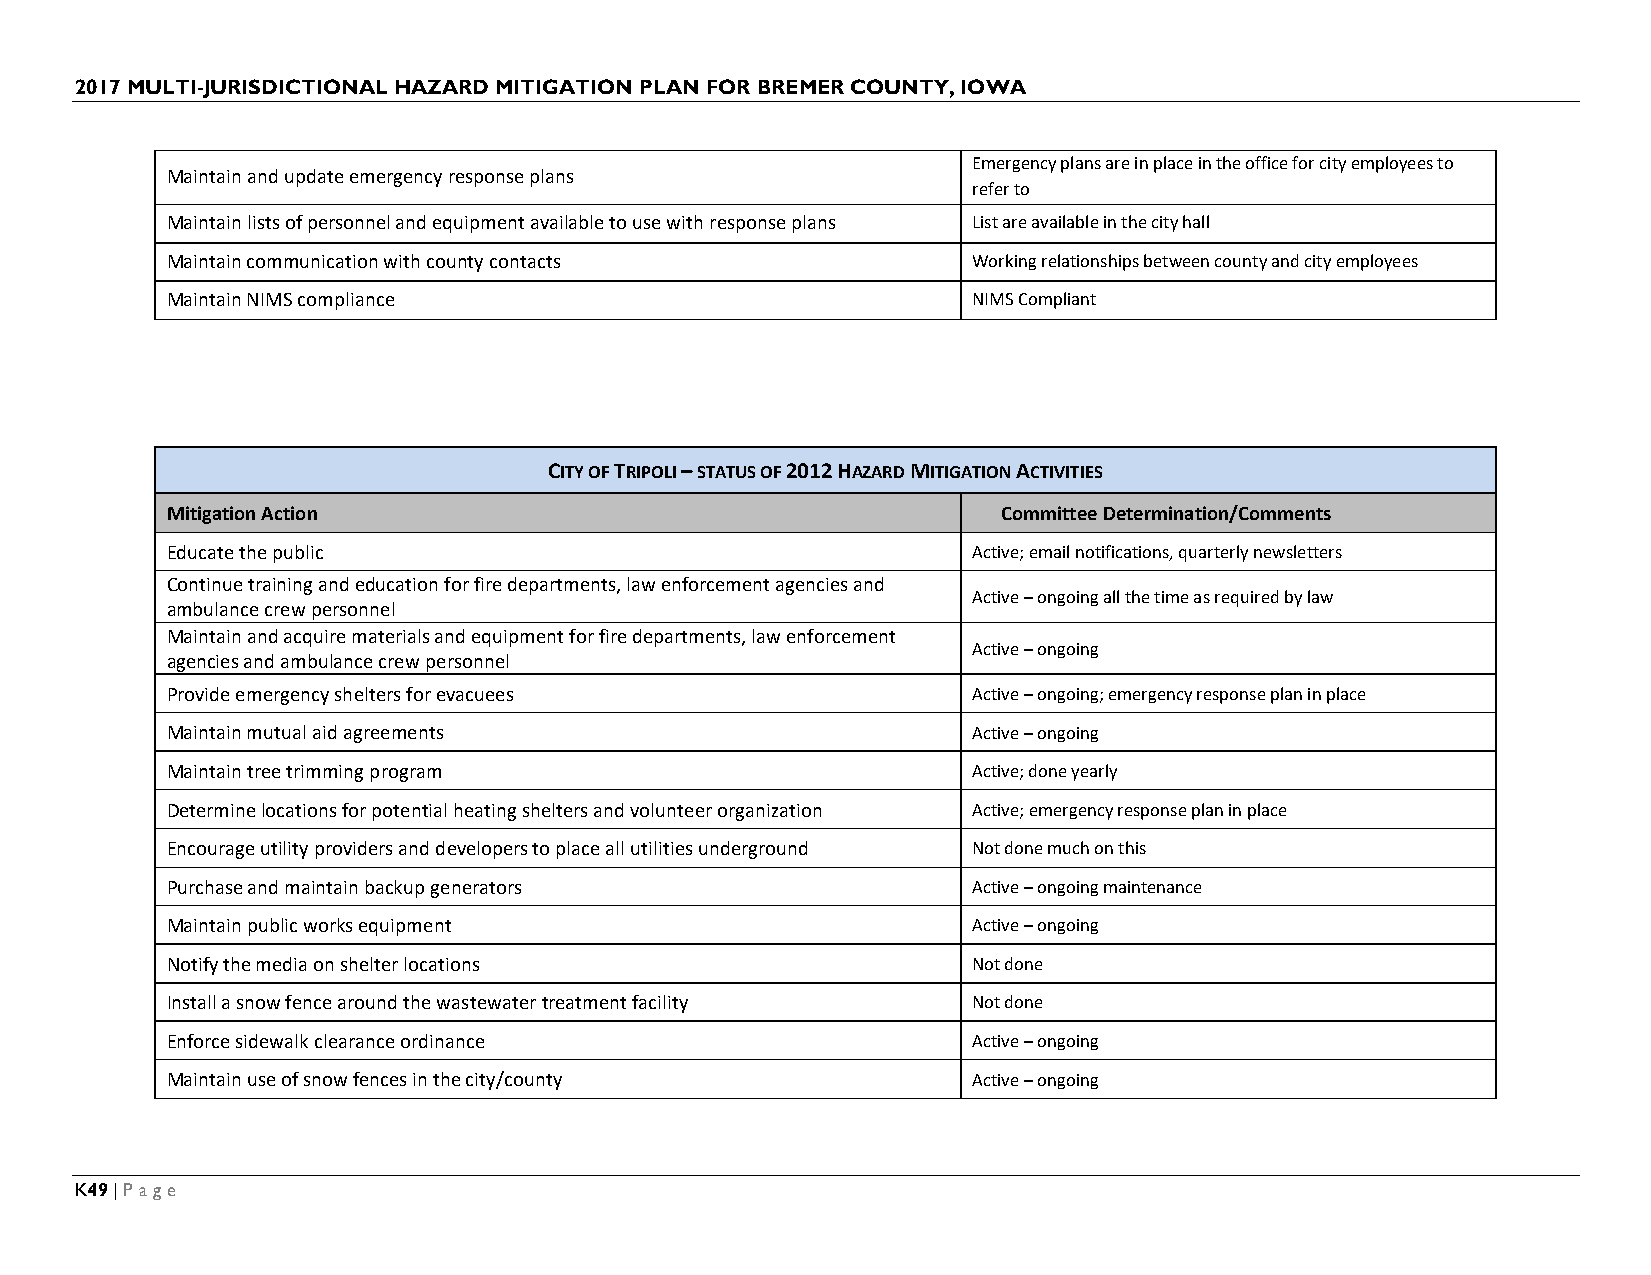
2017 MULTI-JURISDICTIONAL HAZARD MITIGATION PLAN FOR BREMER COUNTY, IOWA
 Emergency plans are in place in the office for city employees to
 Maintain and update emergency response plans
 refer to
 Maintain lists of personnel and equipment available to use with response plans List are available in the city hall
 Maintain communication with county contacts          Working relationships between county and city employees
 Maintain NIMS compliance                             NIMS Compliant
 CITY OF TRIPOLI – STATUS OF 2012 HAZARD MITIGATION ACTIVITIES
 Mitigation Action                                      Committee Determination/Comments
 Educate the public                                   Active; email notifications, quarterly newsletters
 Continue training and education for fire departments, law enforcement agencies and
 Active – ongoing all the time as required by law
 ambulance crew personnel
 Maintain and acquire materials and equipment for fire departments, law enforcement
 Active – ongoing
 agencies and ambulance crew personnel
 Provide emergency shelters for evacuees              Active – ongoing; emergency response plan in place
 Maintain mutual aid agreements                       Active – ongoing
 Maintain tree trimming program                       Active; done yearly
 Determine locations for potential heating shelters and volunteer organization Active; emergency response plan in place
 Encourage utility providers and developers to place all utilities underground Not done much on this
 Purchase and maintain backup generators              Active – ongoing maintenance
 Maintain public works equipment                      Active – ongoing
 Notify the media on shelter locations                Not done
 Install a snow fence around the wastewater treatment facility Not done
 Enforce sidewalk clearance ordinance                 Active – ongoing
 Maintain use of snow fences in the city/county       Active – ongoing
 K49 | Page